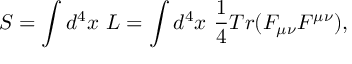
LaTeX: S = \int d ^ { 4 } x \ { \cal L } = \int d ^ { 4 } x \ { \frac { 1 } { 4 } } T r ( F _ { \mu \nu } F ^ { \mu \nu } ) ,